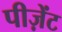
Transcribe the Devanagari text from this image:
पीज़ेंट